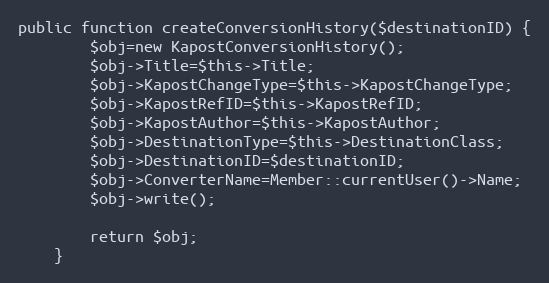
Language: PHP
public function createConversionHistory($destinationID) {
        $obj=new KapostConversionHistory();
        $obj->Title=$this->Title;
        $obj->KapostChangeType=$this->KapostChangeType;
        $obj->KapostRefID=$this->KapostRefID;
        $obj->KapostAuthor=$this->KapostAuthor;
        $obj->DestinationType=$this->DestinationClass;
        $obj->DestinationID=$destinationID;
        $obj->ConverterName=Member::currentUser()->Name;
        $obj->write();

        return $obj;
    }